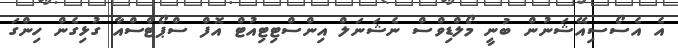
އެ އެސޯސިއޭޝަނުން ބުނީ މޯލްޑިވްސް ނެޝަނަލް އިންސްޓިޓިއުޓް އޮފް ސްޕޯޓްސްއާ ގުޅިގެން ހިންގަ